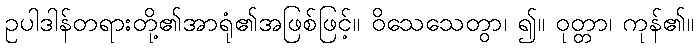
ဥပါဒါန်တရားတို့၏အာရုံ၏အဖြစ်ဖြင့်။ ဝိသေသေတွာ၊ ၍။ ဝုတ္တာ၊ ကုန်၏။